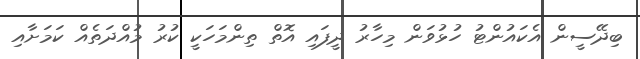
ބިދޭސީން އެކައުންޓު ހުޅުވަން މިހާރު ދީފައި އޮތް ތިންމަހަކީ ކުރު މުއްދަތެއް ކަމަށާއި